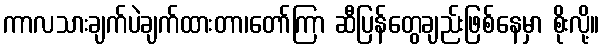
ကာလသားချက်ပဲချက်ထားတာ၊တော်ကြာ ဆီပြန်တွေချည်းဖြစ်နေမှာ စိုးလို့။